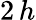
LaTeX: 2\, h